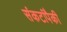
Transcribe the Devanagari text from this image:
संकटांपैकी